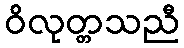
ဝိလုတ္တသညီ